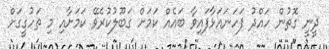
ދީނީ ގޮތުން ހައްދު ފަހަނައަޅާފައިވާ ބައެއް ކަމަށް ގަބޫލުކުރެވޭ ކަމަށާއި މި ތަހުގީގަށް